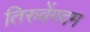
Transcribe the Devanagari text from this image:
तिरुवेंगदम